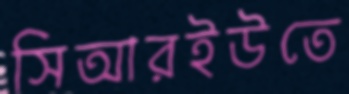
সিআরইউতে